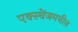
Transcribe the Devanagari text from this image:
एक्स्चेंजमधील